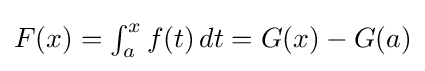
{\textstyle F(x)=\int _{a}^{x}f(t)\,dt=G(x)-G(a)}